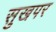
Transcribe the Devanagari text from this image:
सुखपर